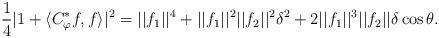
LaTeX: \begin{align*}\frac{1}{4}|1+\langle C_\varphi^*f,f\rangle|^2=||f_1||^4+||f_1||^2||f_2||^2\delta^2+2||f_1||^3||f_2||\delta\cos\theta.\end{align*}